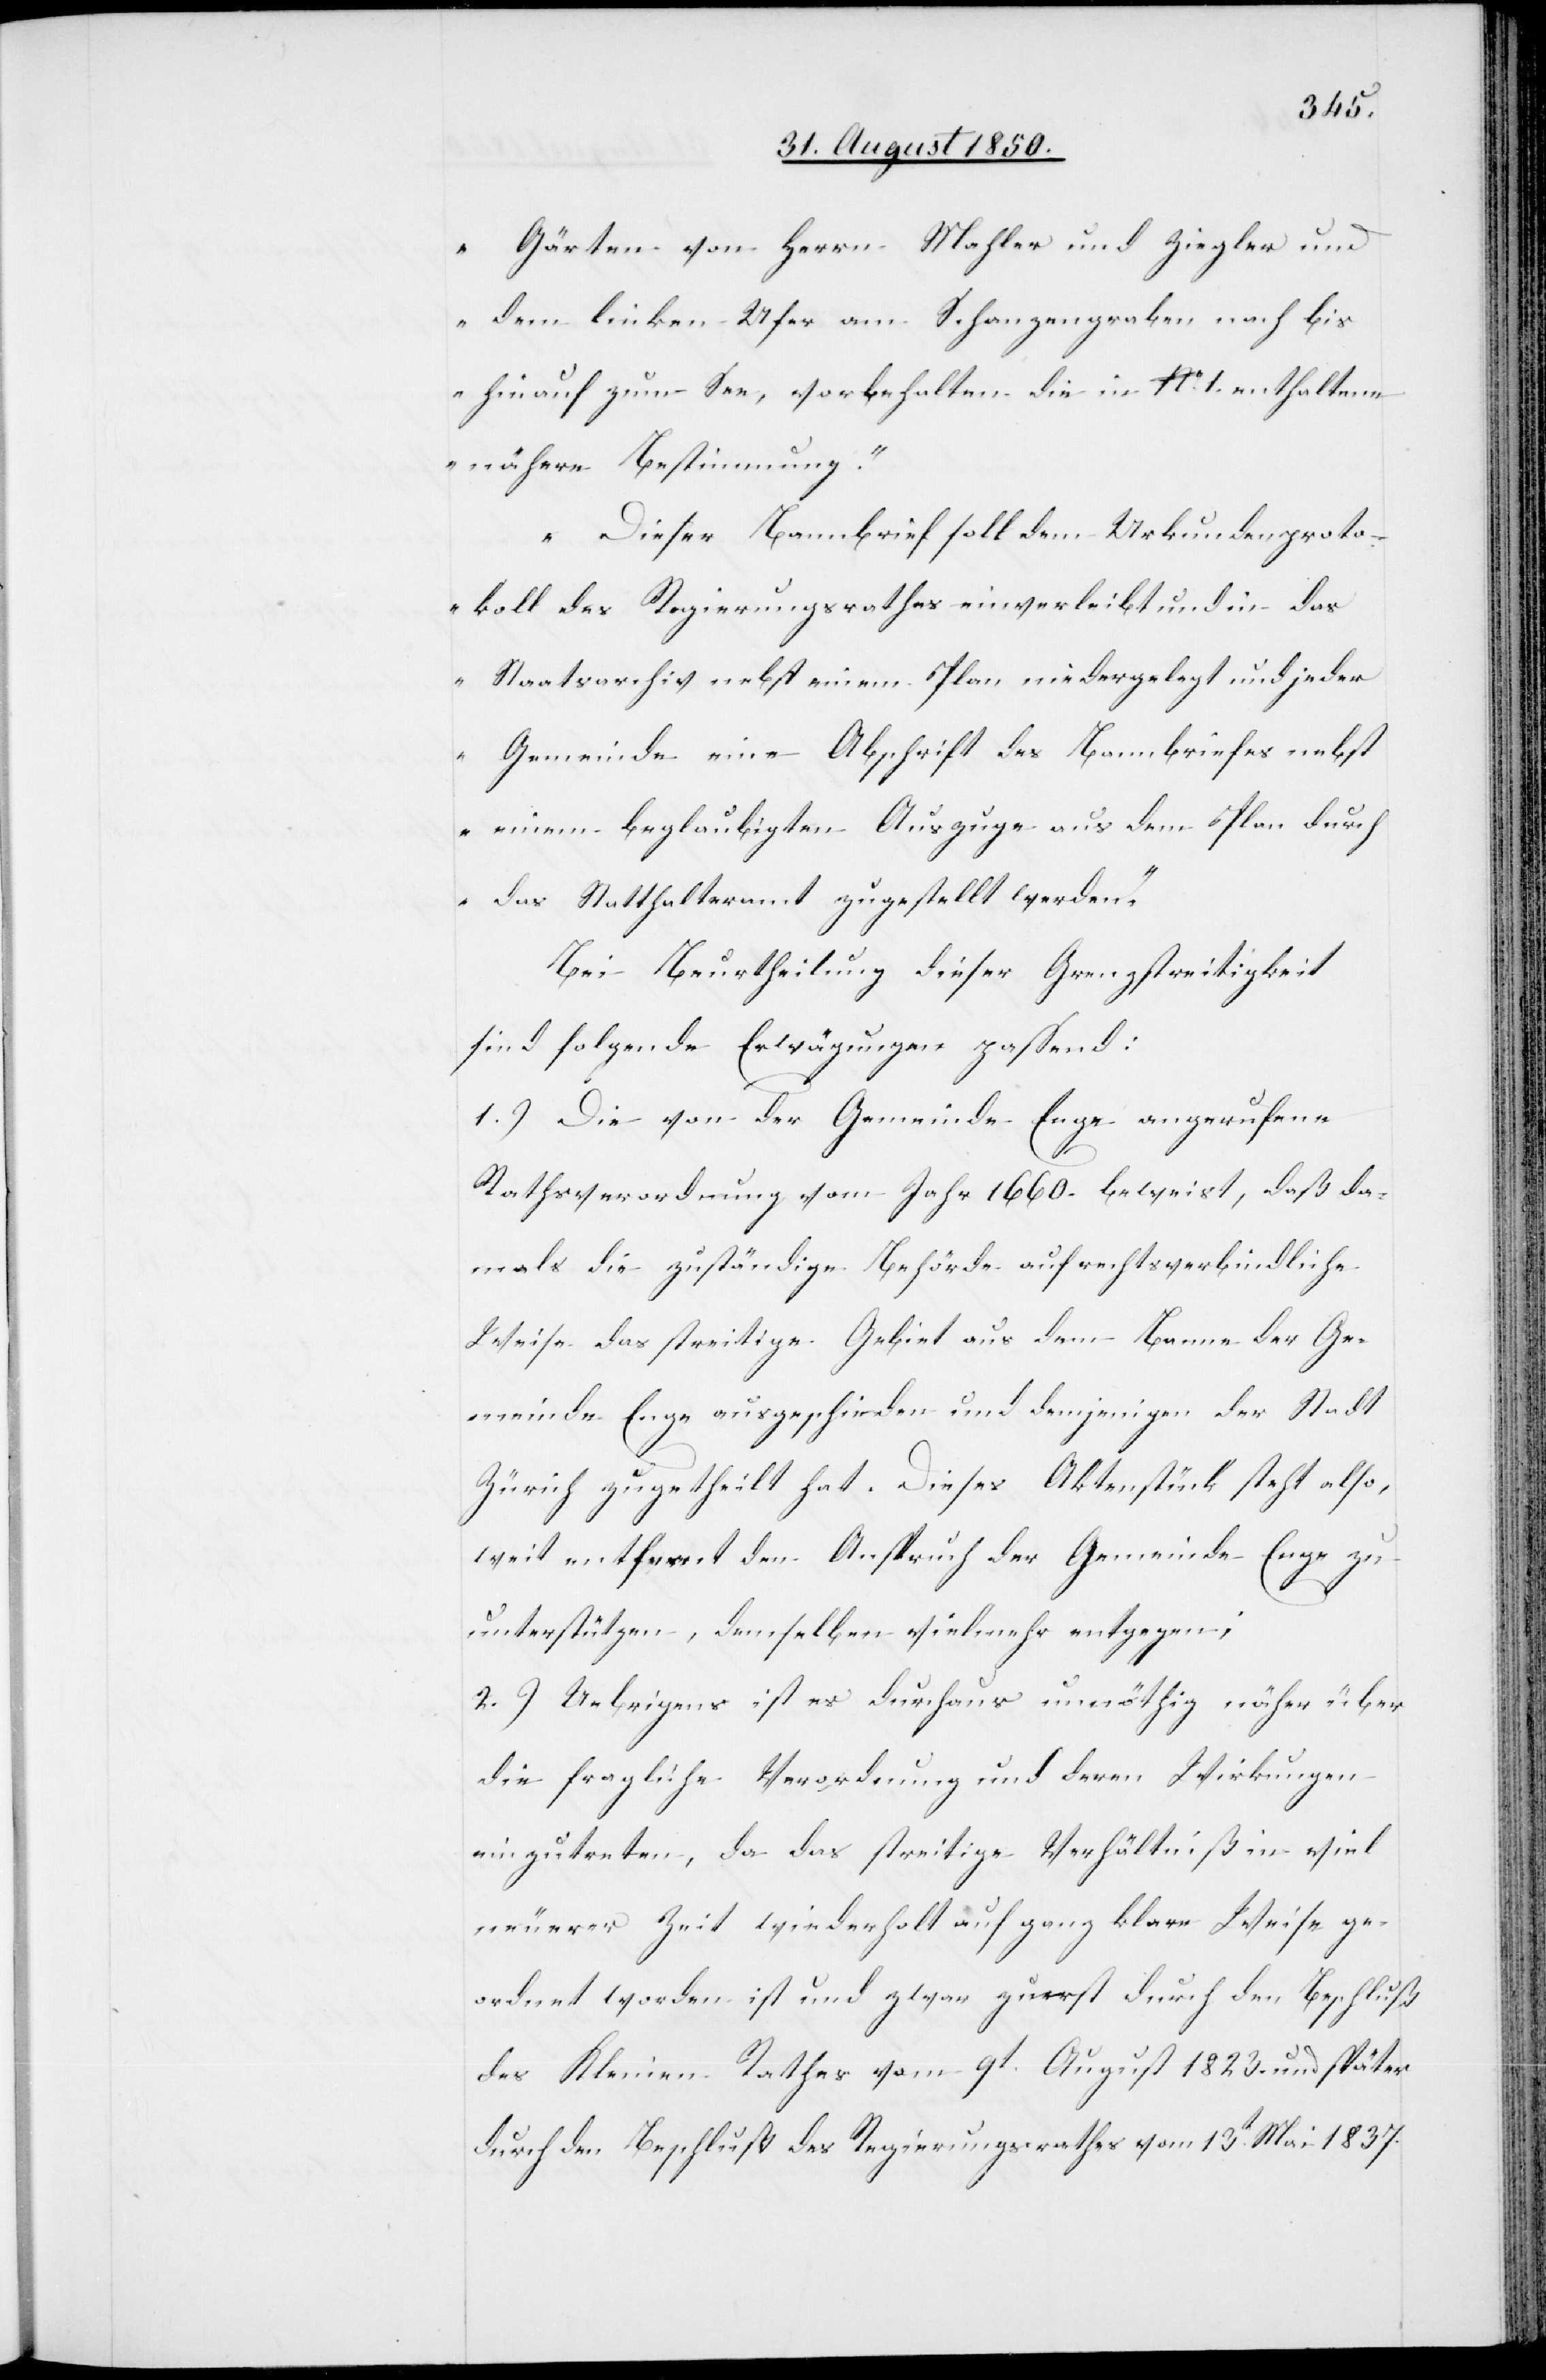
Gärten von Herrn Mahler und Ziegler und
dem linken Ufer am Schanzengraben nach bis
hinauf zum See, vorbehalten die in No. 1. enthaltene
nähere Bestimmung.“
„Dieser Bannbrief soll dem Urkundenproto¬
koll des Regierungsrathes einverleibt und in das
Staatsarchiv nebst einem Plan niedergelegt und jeder
Gemeinde eine Abschrift des Bannbriefes nebst
einem beglaubigten Auszuge aus dem Plan durch
das Statthalteramt zugestellt werden.“
Bei Beurtheilung dieser Grenzstreitigkeit
sind folgende Erwägungen passend:
1.) Die von der Gemeinde Enge angerufene
Rathsverordnung vom Jahr 1660. beweist, daß da¬
mals die zuständige Behörde auf rechtsverbindliche
Weise das streitige Gebiet aus dem Banne der Ge¬
meinde Enge ausgeschieden und demjenigen der Stadt
Zürich zugetheilt hat. Dieses Aktenstück steht also,
weit entfernt dem Anspruch der Gemeinde Enge zu
unterstützen, demselben vielmehr entgegen;
2.) Uebrigens ist es durchaus unnöthig näher über
die fragliche Verordnung und deren Wirkungen
einzutreten, da das streitige Verhältniß in viel
neuerer Zeit wiederholt auf ganz klare Weise ge¬
ordnet worden ist und zwar zuerst durch den Beschluß
des Kleinen Rathes vom 9t August 1823. und später
durch den Beschluß des Regierungsrathes vom 13t Mai 1837.